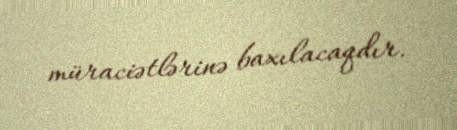
müraciətlərinə baxılacaqdır.